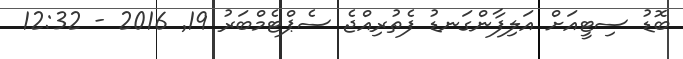
ބޮޑު ސިޓީއަށް އަލިފާންގަނޑު ފެތުރިއްޖެ ސެޕްޓެމްބަރު 19